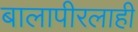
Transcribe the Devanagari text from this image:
बालापीरलाही